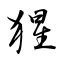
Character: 猩